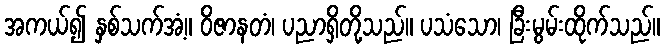
အကယ်၍ နှစ်သက်အံ့။ ဝိဇာနတံ၊ ပညာရှိတို့သည်။ ပသံသော၊ ခြီးမွမ်းထိုက်သည်။